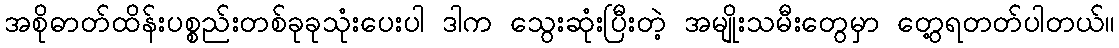
အစိုဓာတ်ထိန်းပစ္စည်းတစ်ခုခုသုံးပေးပါ ဒါက သွေးဆုံးပြီးတဲ့ အမျိုးသမီးတွေမှာ တွေ့ရတတ်ပါတယ်။